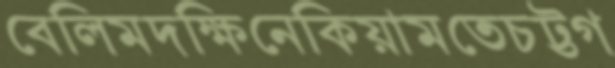
বেলিমদক্ষিনেকিয়ামতেচট্টগ